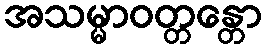
အသမ္မာဝတ္တန္တော